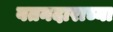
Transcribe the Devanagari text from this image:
वतनदाराच्या